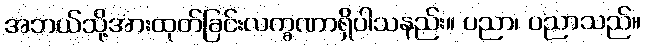
အဘယ်သို့အားထုတ်ခြင်းလက္ခဏာရှိပါသနည်း။ ပညာ၊ ပညာသည်။